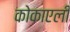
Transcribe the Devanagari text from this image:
कोकाएली